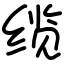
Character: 缆